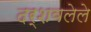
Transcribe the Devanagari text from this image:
दर्शवलेले